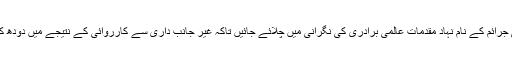
وہ تو صرف یہ چاہتے ہیں کہ جنگی جرائم کے نام نہاد مقدمات عالمی برادری کی نگرانی میں چلائے جائیں تاکہ غیر جانب داری سے کارروائی کے نتیجے میں دودھ کا دودھ اور پانی کا پانی کیا جاسکے۔